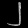
Digit: ၂